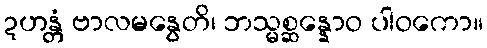
ဍဟန္တံ ဗာလမနွေတိ၊ ဘသ္မစ္ဆန္နောဝ ပါဝကော။